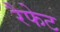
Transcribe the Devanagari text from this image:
रैफेट